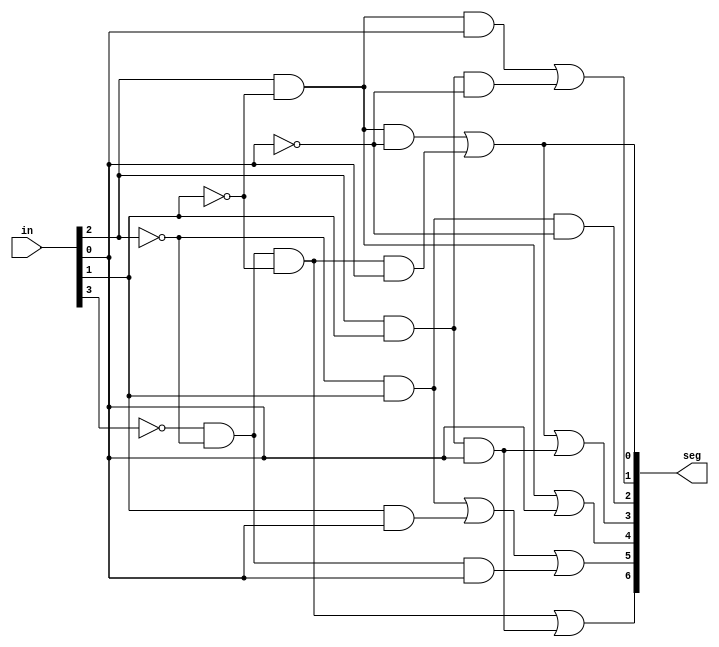
// Dillon Hammond
module BCDToLED(
    output [6:0] seg, // segments
    input  [3:0] in   // binary input
    );
    
    wire z = in[0];
    wire y = in[1];
    wire x = in[2];
    wire w = in[3];

    // A->G = 0->6
    assign seg[0] = (x & ~y & ~z) | (~w & ~x & ~y & z);
    assign seg[1] = (x & ~y & z) | (x & y & ~z);
    assign seg[2] = (~x & y & ~z);
    assign seg[3] = (x & ~y & ~z) | (~w & ~x & ~y & z) | (x & y & z);
    assign seg[4] = (x & ~y) | (z);
    assign seg[5] = (~x & y) | (y & z) | (~w & ~x & z);
    assign seg[6] = (~w & ~x & ~y) | (x & y & z);
endmodule